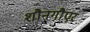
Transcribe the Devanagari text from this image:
शौनगौएर